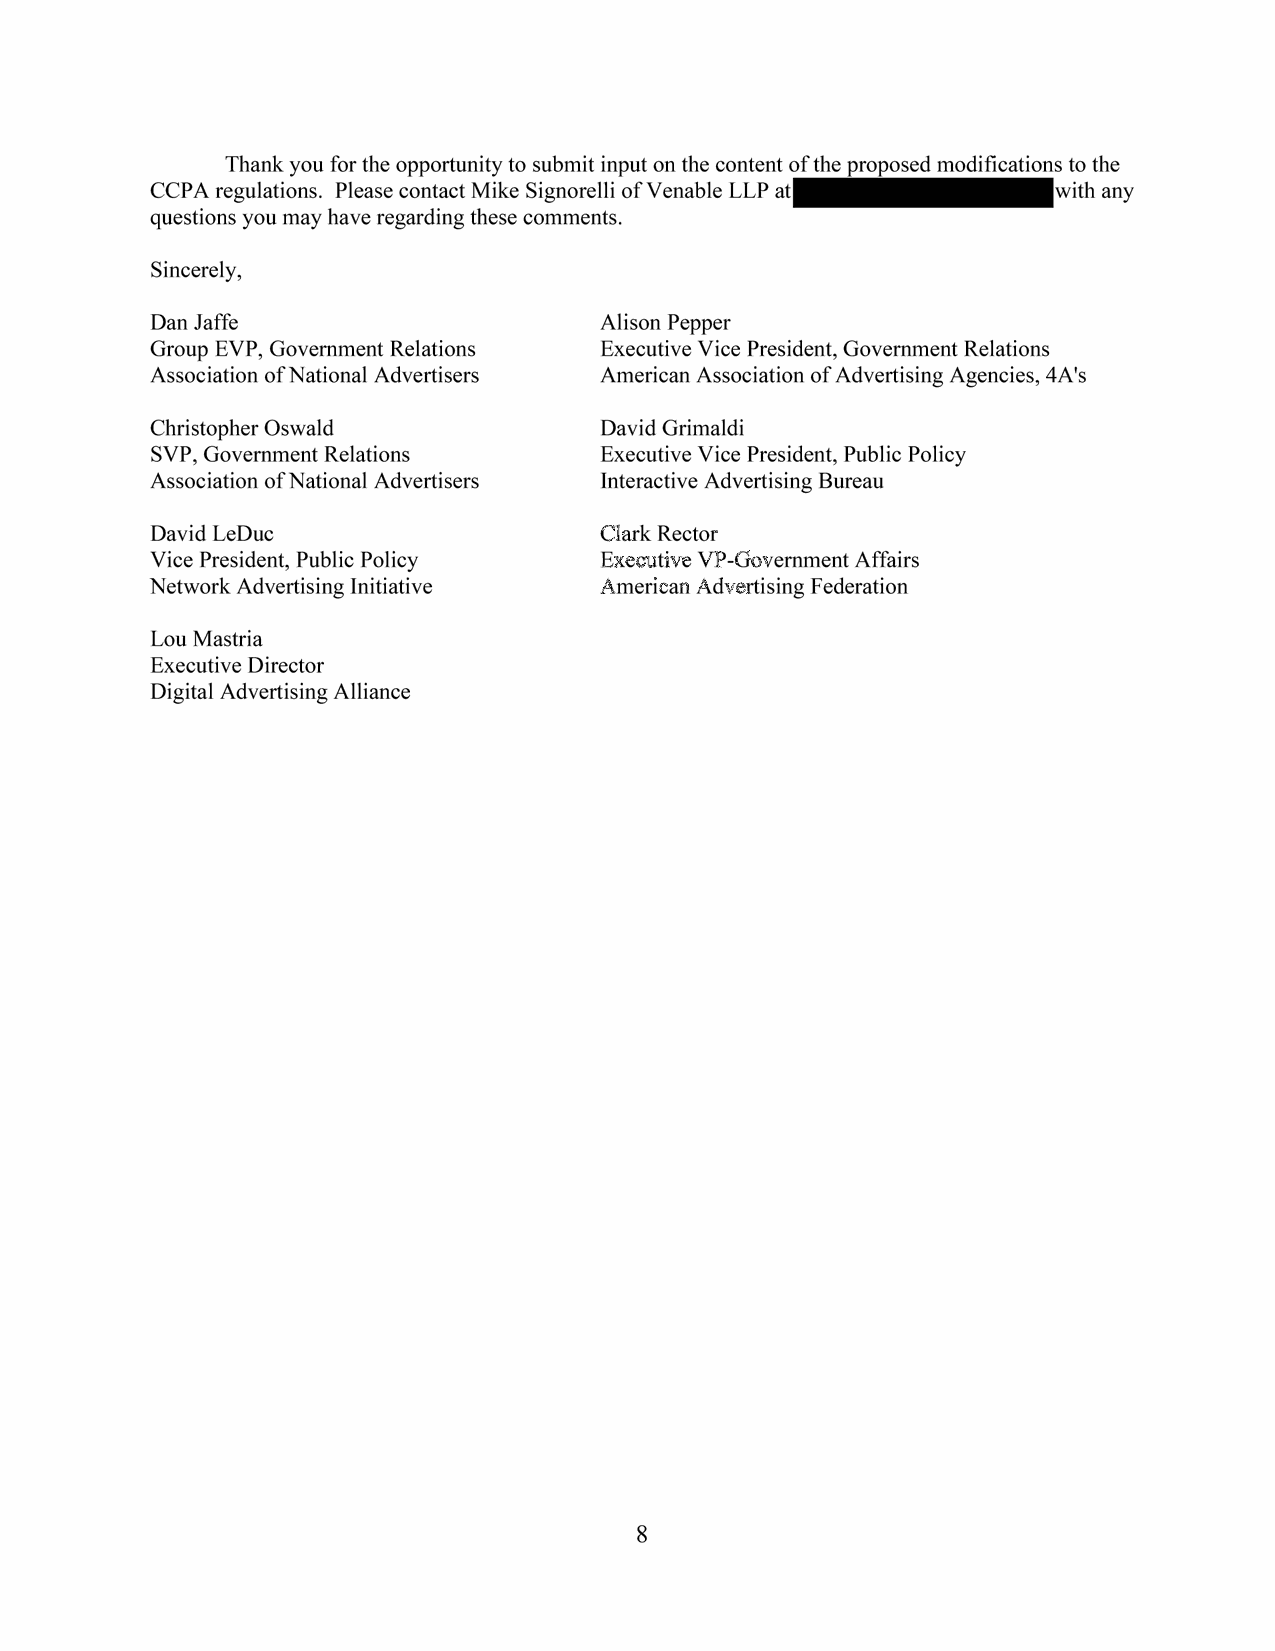
Thank you for the opportunity to submit input on the content of the proposed modifications to the
 CCP A regulations. Please contact Mike Signorelli of Venable LLP at with any
 questions you may have regarding these comments.
 Sincerely,
 Dan Jaffe                     Alison Pepper
 Group EVP, Government Relations Executive Vice President, Government Relations
 Association of National Advertisers American Association of Advertising Agencies, 4A's
 Christopher Oswald            David Grimaldi
 SVP, Government Relations     Executive Vice President, Public Policy
 Association of National Advertisers Interactive Advertising Bureau
 David LeDuc                   Clark Rector
 Vice President, Public Policy Executive VP-Government Affairs
 Network Advertising Initiative American Advertising Federation
 Lou Mastria
 Executive Director
 Digital Advertising Alliance
 8